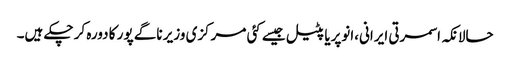
حالانکہ اسمرتی ایرانی،انوپریا پٹیل جیسے کئی مرکزی وزیر ناگے پور کا دورہ کر چکے ہیں۔